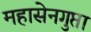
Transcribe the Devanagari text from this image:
महासेनगुप्ता